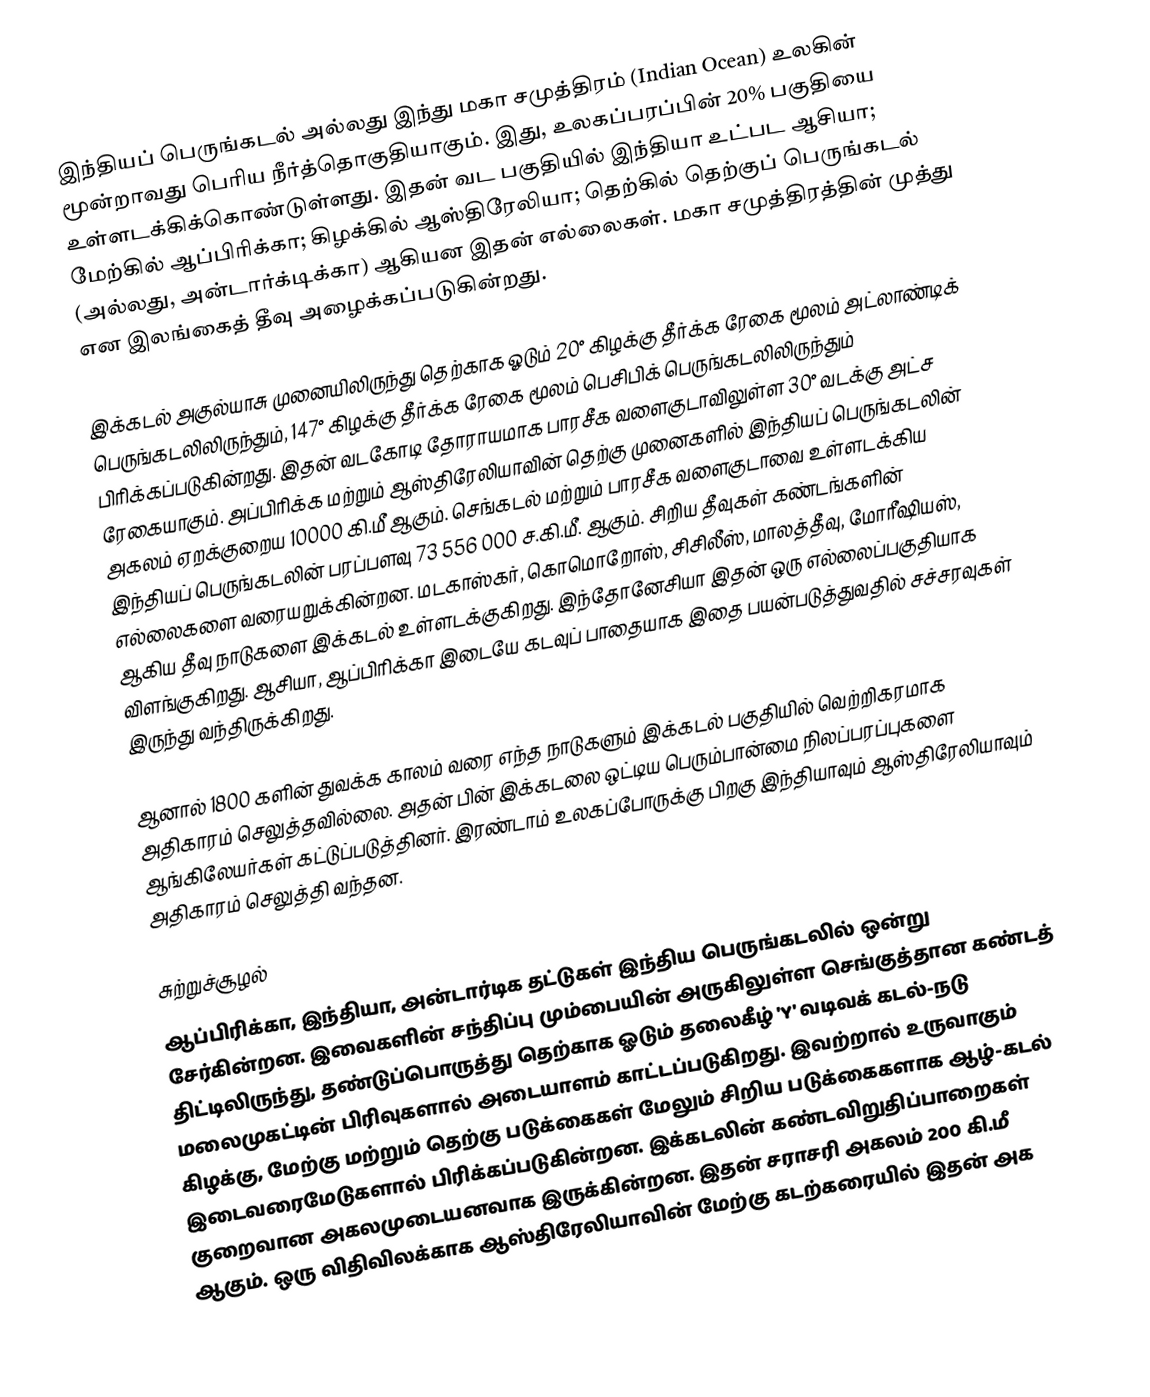
இந்தியப் பெருங்கடல் அல்லது இந்து மகா சமுத்திரம் (Indian Ocean) உலகின் மூன்றாவது பெரிய நீர்த்தொகுதியாகும். இது, உலகப்பரப்பின் 20% பகுதியை உள்ளடக்கிக்கொண்டுள்ளது. இதன் வட பகுதியில் இந்தியா உட்பட ஆசியா; மேற்கில் ஆப்பிரிக்கா; கிழக்கில் ஆஸ்திரேலியா; தெற்கில்  தெற்குப் பெருங்கடல் (அல்லது, அன்டார்க்டிக்கா) ஆகியன இதன் எல்லைகள். மகா சமுத்திரத்தின் முத்து என இலங்கைத் தீவு அழைக்கப்படுகின்றது.

இக்கடல் அகுல்யாசு முனையிலிருந்து தெற்காக ஓடும் 20° கிழக்கு தீர்க்க ரேகை மூலம் அட்லாண்டிக் பெருங்கடலிலிருந்தும், 147° கிழக்கு தீர்க்க ரேகை மூலம் பெசிபிக் பெருங்கடலிலிருந்தும் பிரிக்கப்படுகின்றது. இதன் வடகோடி தோராயமாக பாரசீக வளைகுடாவிலுள்ள 30° வடக்கு அட்ச ரேகையாகும். அப்பிரிக்க மற்றும் ஆஸ்திரேலியாவின் தெற்கு முனைகளில் இந்தியப் பெருங்கடலின் அகலம் ஏறக்குறைய 10000 கி.மீ ஆகும். செங்கடல் மற்றும் பாரசீக வளைகுடாவை உள்ளடக்கிய இந்தியப் பெருங்கடலின் பரப்பளவு 73 556 000 ச.கி.மீ. ஆகும். சிறிய தீவுகள் கண்டங்களின் எல்லைகளை வரையறுக்கின்றன. மடகாஸ்கர், கொமொறோஸ், சிசிலீஸ், மாலத்தீவு, மோரீஷியஸ், ஆகிய தீவு நாடுகளை இக்கடல் உள்ளடக்குகிறது. இந்தோனேசியா இதன் ஒரு எல்லைப்பகுதியாக விளங்குகிறது. ஆசியா, ஆப்பிரிக்கா இடையே கடவுப் பாதையாக இதை பயன்படுத்துவதில் சச்சரவுகள் இருந்து வந்திருக்கிறது.

ஆனால் 1800 களின் துவக்க காலம் வரை எந்த நாடுகளும் இக்கடல் பகுதியில் வெற்றிகரமாக அதிகாரம் செலுத்தவில்லை. அதன் பின் இக்கடலை ஒட்டிய பெரும்பான்மை நிலப்பரப்புகளை ஆங்கிலேயர்கள் கட்டுப்படுத்தினர். இரண்டாம் உலகப்போருக்கு பிறகு இந்தியாவும் ஆஸ்திரேலியாவும் அதிகாரம் செலுத்தி வந்தன.

சுற்றுச்சூழல்
ஆப்பிரிக்கா, இந்தியா, அன்டார்டிக தட்டுகள் இந்திய பெருங்கடலில்  ஒன்று சேர்கின்றன. இவைகளின் சந்திப்பு மும்பையின் அருகிலுள்ள செங்குத்தான கண்டத் திட்டிலிருந்து, தண்டுப்பொருத்து தெற்காக ஓடும் தலைகீழ் 'Y' வடிவக் கடல்-நடு மலைமுகட்டின் பிரிவுகளால் அடையாளம் காட்டப்படுகிறது. இவற்றால் உருவாகும் கிழக்கு, மேற்கு மற்றும் தெற்கு படுக்கைகள் மேலும் சிறிய படுக்கைகளாக ஆழ்-கடல் இடைவரைமேடுகளால் பிரிக்கப்படுகின்றன. இக்கடலின் கண்டவிறுதிப்பாறைகள் குறைவான அகலமுடையனவாக இருக்கின்றன. இதன் சராசரி அகலம் 200 கி.மீ ஆகும். ஒரு விதிவிலக்காக ஆஸ்திரேலியாவின் மேற்கு கடற்கரையில் இதன் அக